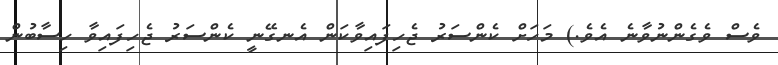
ވެސް ވެގެންނުވާނެ އެވެ.) މަހަށް ކެންސަރު ޖެހިފައިވާކަން އެނގޭނީ ކެންސަރު ޖެހިފައިވާ ހިސާބުން